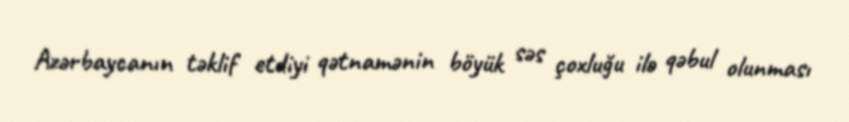
Azərbaycanın təklif etdiyi qətnamənin böyük səs çoxluğu ilə qəbul olunması